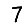
Digit: 7